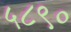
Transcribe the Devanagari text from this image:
५८९०